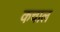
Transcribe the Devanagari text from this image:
कचाल